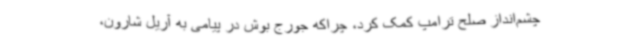
چشم‌انداز صلح ترامپ کمک کرد، چراکه جورج بوش در پیامی به آریل شارون،